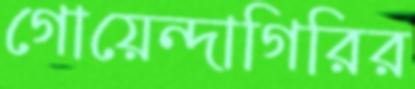
গোয়েন্দাগিরির